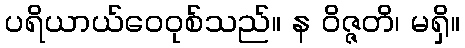
ပရိယာယ်ဝေဝုစ်သည်။ န ဝိဇ္ဇတိ၊ မရှိ။